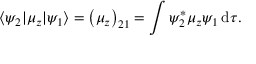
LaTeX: \langle \psi _ { 2 } | \mu _ { z } | \psi _ { 1 } \rangle = \left( \mu _ { z } \right) _ { 2 1 } = \int \psi _ { 2 } ^ { * } \mu _ { z } \psi _ { 1 } \, \mathrm { d } \tau .